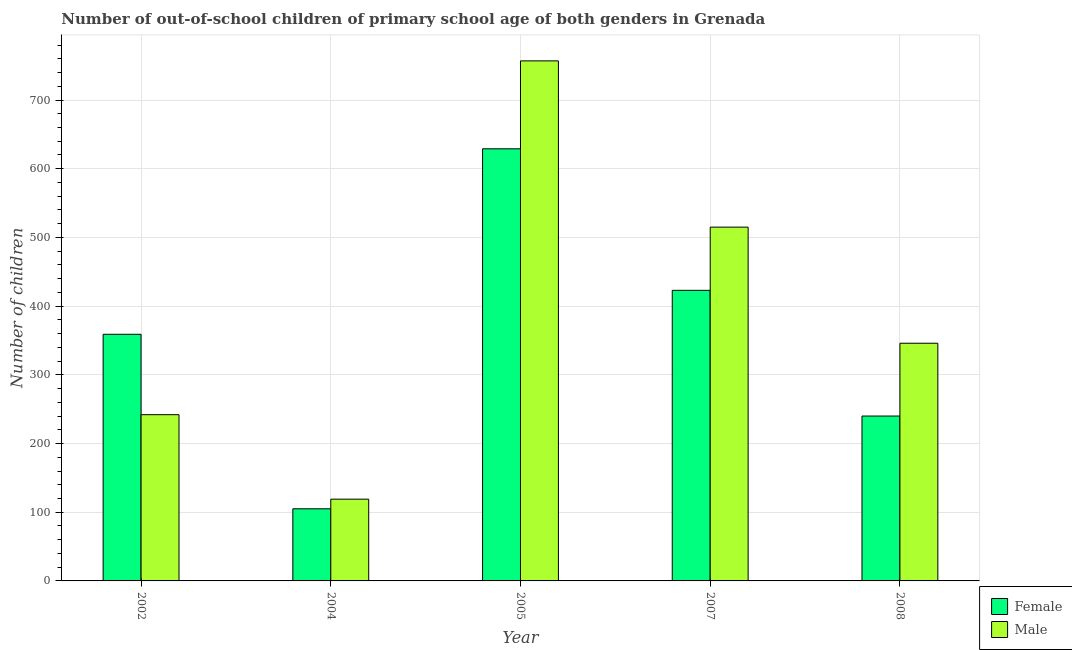
| Year | Female | Male |
 | --- | --- | --- |
 | 2002 | 359 | 242 |
 | 2004 | 105 | 119 |
 | 2005 | 629 | 757 |
 | 2007 | 423 | 515 |
 | 2008 | 240 | 346 |